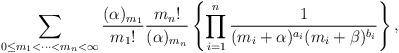
LaTeX: \begin{align*}\sum_{0\le m_1< \cdots<m_{n}<\infty}\frac{(\alpha)_{m_1}}{{m_1}!}\frac{{m_n}!}{(\alpha)_{m_n}}\left\{\prod_{i=1}^{n}\frac{1}{(m_i+\alpha)^{a_i}(m_i+\beta)^{b_i}}\right\},\end{align*}